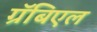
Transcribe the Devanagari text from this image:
ग्रॅबिएल